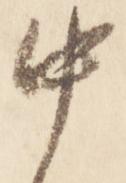
中